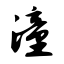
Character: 潼